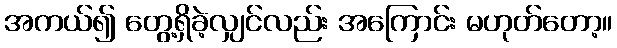
အကယ်၍ တွေ့ရှိခဲ့လျှင်လည်း အကြောင်း မဟုတ်တော့။